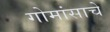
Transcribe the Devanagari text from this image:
गोमांसाचे